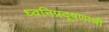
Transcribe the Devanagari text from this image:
ध्वनिप्रदूषणाची